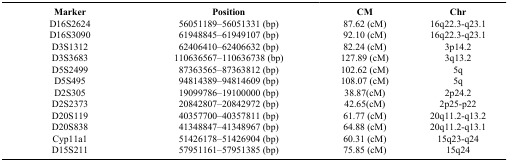
<table><thead><tr><td><b>Marker</b></td><td><b>Position</b></td><td><b>CM</b></td><td><b>Chr</b></td></tr></thead><tbody><tr><td>D16S2624</td><td>56051189–56051331 (bp)</td><td>87.62 (cM)</td><td>16q22.3-q23.1</td></tr><tr><td>D16S3090</td><td>61948845–61949107 (bp)</td><td>92.10 (cM)</td><td>16q22.3-q23.1</td></tr><tr><td>D3S1312</td><td>62406410–62406632 (bp)</td><td>82.24 (cM)</td><td>3p14.2</td></tr><tr><td>D3S3683</td><td>110636567–110636738 (bp)</td><td>127.89 (cM)</td><td>3q13.2</td></tr><tr><td>D5S2499</td><td>87363565–87363812 (bp)</td><td>102.62 (cM)</td><td>5q</td></tr><tr><td>D5S495</td><td>94814389–94814609 (bp)</td><td>108.07 (cM)</td><td>5q</td></tr><tr><td>D2S305</td><td>19099786–19100000 (bp)</td><td>38.87(cM)</td><td>2p24.2</td></tr><tr><td>D2S2373</td><td>20842807–20842972 (bp)</td><td>42.65(cM)</td><td>2p25-p22</td></tr><tr><td>D20S119</td><td>40357700–40357811 (bp)</td><td>61.77 (cM)</td><td>20q11.2-q13.2</td></tr><tr><td>D20S838</td><td>41348847–41348967 (bp)</td><td>64.88 (cM)</td><td>20q11.2-q13.1</td></tr><tr><td>Cyp11a1</td><td>51426178–51426904 (bp)</td><td>60.31 (cM)</td><td>15q23-q24</td></tr><tr><td>D15S211</td><td>57951161–57951385 (bp)</td><td>75.85 (cM)</td><td>15q24</td></tr></tbody></table>